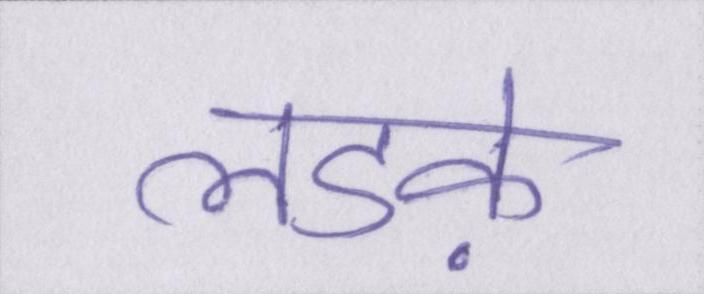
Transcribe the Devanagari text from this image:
लडक़े